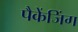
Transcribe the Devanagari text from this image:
पैकेंजिंग